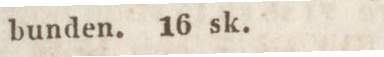
bunden. 16 sk.